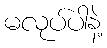
မလုပ်ပါနဲ့